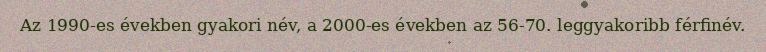
Az 1990-es években gyakori név, a 2000-es években az 56-70. leggyakoribb férfinév.